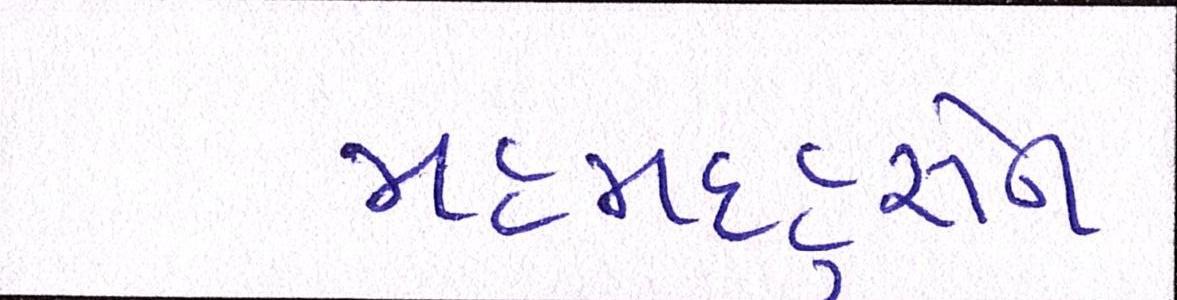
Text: મહમદહુસેન